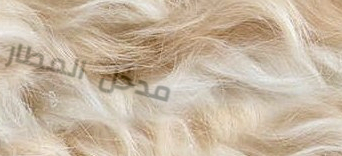
مدخل المطار